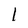
Character: 1